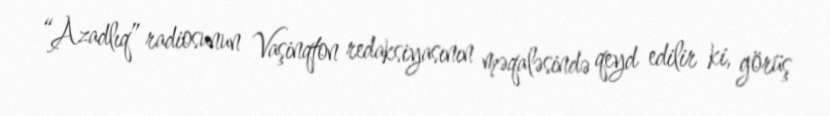
“Azadlıq” radiosunun Vaşinqton redaksiyasının məqaləsində qeyd edilir ki, görüş